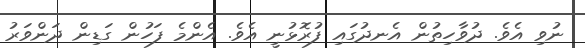
ނުވި އެވެ. ދުވާހިތުން އެނދުގައި ފުރޮޅުނީ އެވެ. އެންމެ ފަހުން ގަޑިން ދަންވަރު